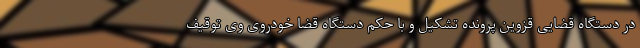
در دستگاه قضایی قزوین پرونده تشکیل و با حکم دستگاه قضا خودروی وی توقیف